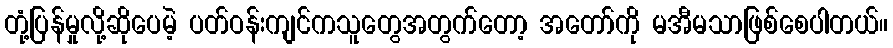
တုံ့ပြန်မှုလို့ဆိုပေမဲ့ ပတ်ဝန်းကျင်ကသူတွေအတွက်တော့ အတော်ကို မအီမသာဖြစ်စေပါတယ်။